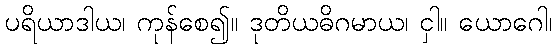
ပရိယာဒါယ၊ ကုန်စေ၍။ ဒုတိယဓိဂမာယ၊ ငှါ။ ယောဂေါ၊